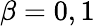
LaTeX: \beta=0,1